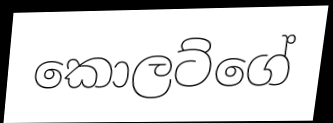
කොලට්ගේ